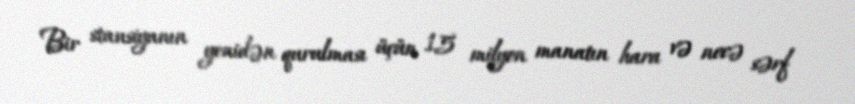
Bir stansiyanın yenidən qurulması üçün 15 milyon manatın hara və necə sərf